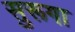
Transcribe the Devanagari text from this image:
सुरूगा